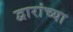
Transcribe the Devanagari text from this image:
द्वारांच्या